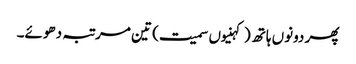
پھر دونوں ہاتھ (کہنیوں سمیت) تین مرتبہ دھوئے۔